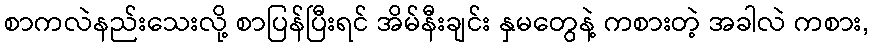
စာကလဲနည်းသေးလို့ စာပြန်ပြီးရင် အိမ်နီးချင်း နှမတွေနဲ့ ကစားတဲ့ အခါလဲ ကစား,